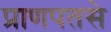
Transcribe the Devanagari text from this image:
प्राणपतसे